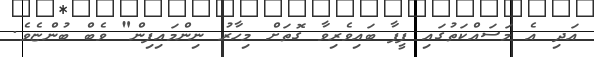
އަދި އެ މަސައްކަތުގައި ފީފާ ބައިވެރިވާ ގޮތަށް މިހާރު ނިންމައިފިން" ވެބް ބުންޏެވެ.